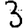
Digit: 3